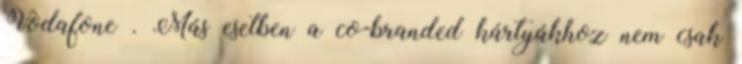
Vodafone . Más esetben a co-branded kártyákhoz nem csak